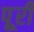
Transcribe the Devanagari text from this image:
पूूरी